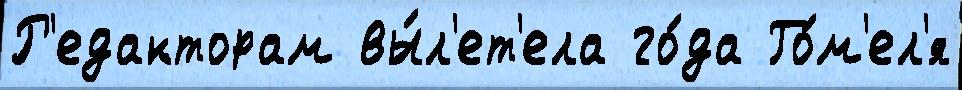
Р'едакторам вы́л'ет'ела го́да Го́м'ел'я